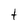
Character: t